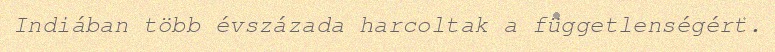
Indiában több évszázada harcoltak a függetlenségért.